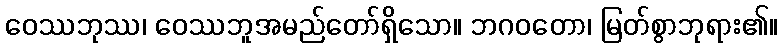
ဝေဿဘုဿ၊ ဝေဿဘူအမည်တော်ရှိသော။ ဘဂဝတော၊ မြတ်စွာဘုရား၏။